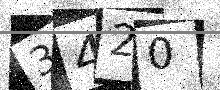
Text: 3420